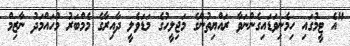
"އެ ޓީމުގައި ހިމެނިވަޑައިގެންނަވާ ރައްޔިތުންގެ މަޖިލީހުގެ މަޑަވެލީ ދާއިރާގެ މެމްބަރު މުހައްމަދު ނާޒިމް